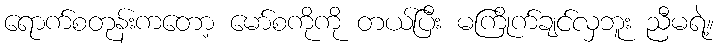
ရောက်စတုန်းကတော့ မော်စကိုကို တယ်ပြီး မကြိုက်ချင်လှဘူး ညီမရဲ့။